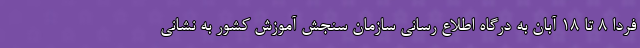
فردا ۸ تا ۱۸ آبان به درگاه اطلاع رسانی سازمان سنجش آموزش کشور به نشانی